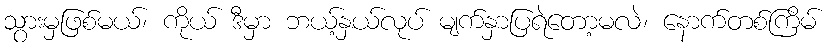
သွားမှဖြစ်မယ်၊ ကိုယ် ဒီမှာ ဘယ့်နှယ်လုပ် မျက်နှာပြရဲတော့မလဲ၊ နောက်တစ်ကြိမ်